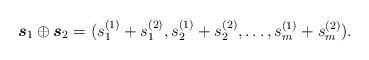
LaTeX: \begin{align*}\boldsymbol{s}_1 \oplus \boldsymbol{s}_2 = (s_1^{(1)}+s_{1}^{(2)},s_2^{(1)}+s_{2}^{(2)},\dots,s_m^{(1)}+s_{m}^{(2)}).\end{align*}